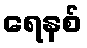
ရေနစ်